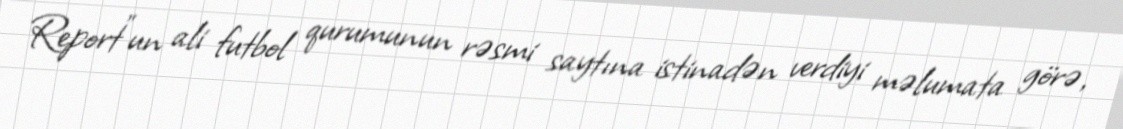
Report"un ali futbol qurumunun rəsmi saytına istinadən verdiyi məlumata görə,